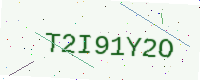
Text: T2I91Y2O